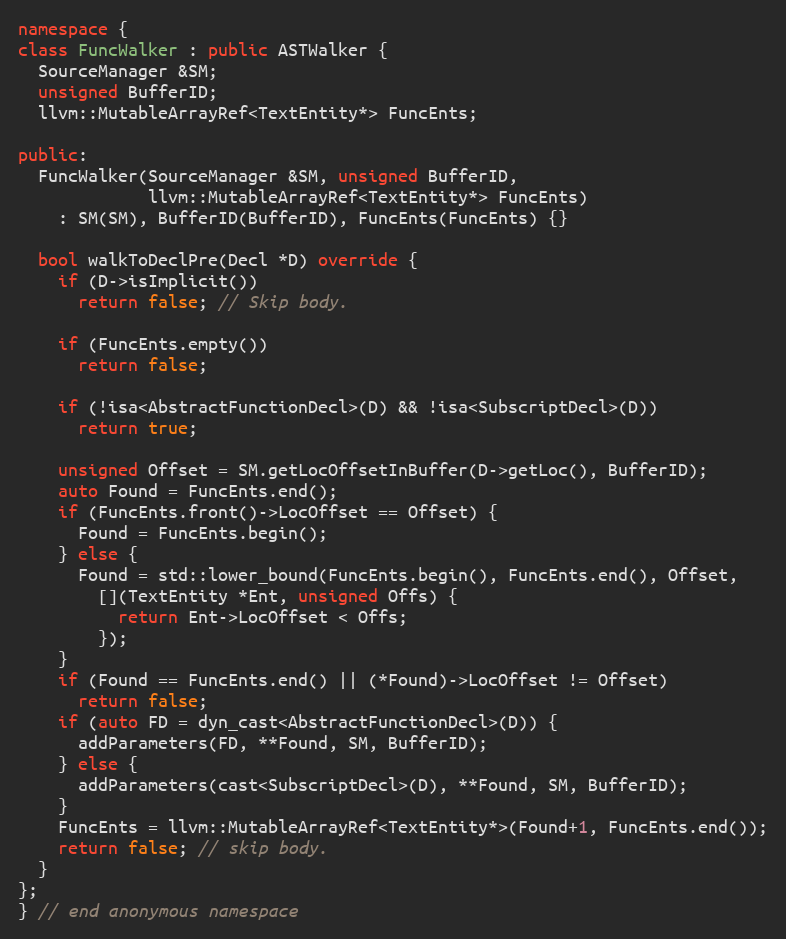
Language: C++
namespace {
class FuncWalker : public ASTWalker {
  SourceManager &SM;
  unsigned BufferID;
  llvm::MutableArrayRef<TextEntity*> FuncEnts;

public:
  FuncWalker(SourceManager &SM, unsigned BufferID,
             llvm::MutableArrayRef<TextEntity*> FuncEnts)
    : SM(SM), BufferID(BufferID), FuncEnts(FuncEnts) {}

  bool walkToDeclPre(Decl *D) override {
    if (D->isImplicit())
      return false; // Skip body.

    if (FuncEnts.empty())
      return false;

    if (!isa<AbstractFunctionDecl>(D) && !isa<SubscriptDecl>(D))
      return true;

    unsigned Offset = SM.getLocOffsetInBuffer(D->getLoc(), BufferID);
    auto Found = FuncEnts.end();
    if (FuncEnts.front()->LocOffset == Offset) {
      Found = FuncEnts.begin();
    } else {
      Found = std::lower_bound(FuncEnts.begin(), FuncEnts.end(), Offset,
        [](TextEntity *Ent, unsigned Offs) {
          return Ent->LocOffset < Offs;
        });
    }
    if (Found == FuncEnts.end() || (*Found)->LocOffset != Offset)
      return false;
    if (auto FD = dyn_cast<AbstractFunctionDecl>(D)) {
      addParameters(FD, **Found, SM, BufferID);
    } else {
      addParameters(cast<SubscriptDecl>(D), **Found, SM, BufferID);
    }
    FuncEnts = llvm::MutableArrayRef<TextEntity*>(Found+1, FuncEnts.end());
    return false; // skip body.
  }
};
} // end anonymous namespace